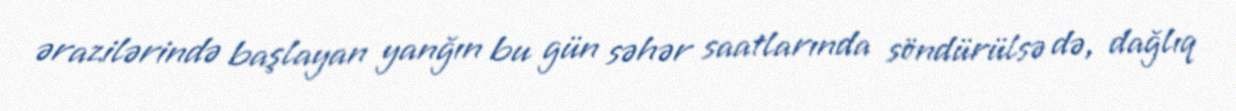
ərazilərində başlayan yanğın bu gün səhər saatlarında söndürülsə də, dağlıq